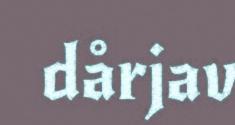
dårjav